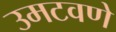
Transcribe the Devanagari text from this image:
उमटवणे